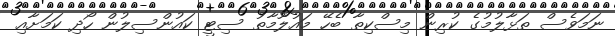
ނަމަވެސް ތަޅާލުމުގެ ކުރިން މިސްކިތާ ބެހޭ މައުލޫމާތު ސިޓީ ކައުންސިލުން ހޯދި ކަމަށާއި